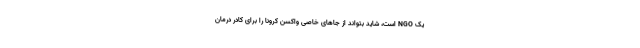
یک NGO است، شاید بتواند از جاهای خاصی واکسن کرونا را برای کادر درمان